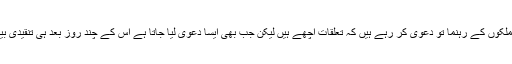
ان کا کہنا ہے کہ ’دونوں ملکوں کے رہنما تو دعویٰ کر رہے ہیں کہ تعلقات اچھے ہیں لیکن جب بھی ایسا دعویٰ لیا جاتا ہے اس کے چند روز بعد ہی تنقیدی بیان بھی سامنے آجاتا ہے‘۔